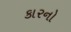
કારનો